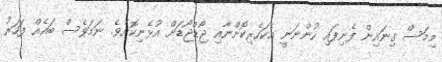
މިމަސް ގިނައިން ފެނިފައި ހުންނަނީ އެކަހެރިކޮށްނާއި ޖޯޑްޖޯޑަށް އުޅެނިކޮށެވެ. ނަމަވެސް ބައެއް ފަހަރު